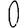
Digit: 0